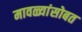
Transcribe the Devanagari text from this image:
मावळ्यांसोबत